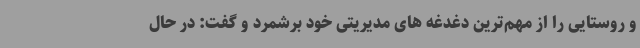
و روستایی را از مهم‌ترین دغدغه های مدیریتی خود برشمرد و گفت: در حال